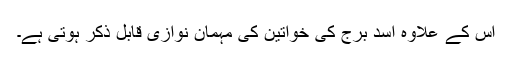
اس کے علاوہ اسد برج کی خواتین کی مہمان نوازی قابل ذکر ہوتی ہے۔